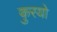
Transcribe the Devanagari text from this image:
कुरयो